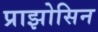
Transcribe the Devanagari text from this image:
प्राझोसिन